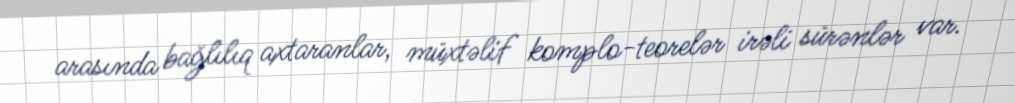
arasında bağlılıq axtaranlar, müxtəlif komplo-teorelər irəli sürənlər var.